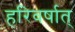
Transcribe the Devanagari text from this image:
हरिवर्षात्